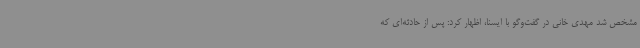
مشخص شد مهدی خانی در گفت‌وگو با ایسنا، اظهار کرد: پس از حادثه‌ای که